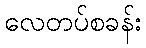
လေတပ်စခန်း